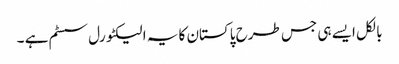
بالکل ایسے ہی جس طرح پاکستان کا یہ الیکٹورل سسٹم ہے ۔